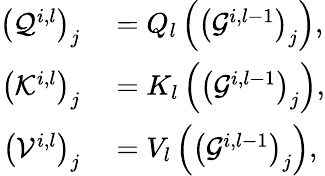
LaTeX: \begin{array}{rl}{\left(\mathcal{Q}^{i,l}\right)_{j}}&{{}=Q_{l}\left(\left(\mathcal{G}^{i,l-1}\right)_{j}\right),}\\ {\left(\mathcal{K}^{i,l}\right)_{j}}&{{}=K_{l}\left(\left(\mathcal{G}^{i,l-1}\right)_{j}\right),}\\ {\left(\mathcal{V}^{i,l}\right)_{j}}&{{}=V_{l}\left(\left(\mathcal{G}^{i,l-1}\right)_{j}\right),}\end{array}